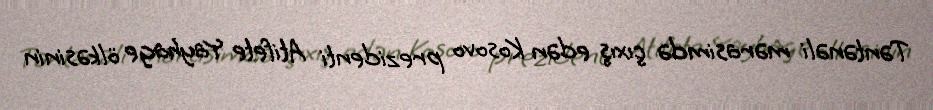
Təntənəli mərasimdə çıxış edən Kosovo prezidenti Atifete Yayhage ölkəsinin